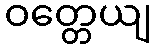
ဝတ္တေယျ